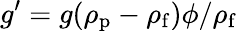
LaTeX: g^{\prime}=g(\rho_{\mathrm{p}}-\rho_{\mathrm{f}})\phi/\rho_{\mathrm{f}}